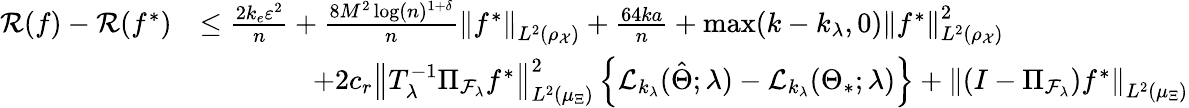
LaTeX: \begin{array}{rl}{{\cal R}(f)-{\cal R}(f^{*})}&{\leq\frac{2k_{e}\varepsilon^{2}}{n}+\frac{8M^{2}\log(n)^{1+\delta}}{n}\left\| f^{*}\right\| _{L^{2}(\rho_{\mathcal{X}})}+\frac{64ka}{n}+\operatorname*{max}(k-k_{\lambda},0)\left\| f^{*}\right\| _{L^{2}(\rho_{\mathcal{X}})}^{2}}\\ &{\qquad\qquad+2c_{r}\left\| T_{\lambda}^{-1}\Pi_{{\cal F}_{\lambda}}f^{*}\right\| _{L^{2}(\mu_{\Xi})}^{2}\left\{ {\cal L}_{k_{\lambda}}(\hat{\Theta};\lambda)-{\cal L}_{k_{\lambda}}(\Theta_{*};\lambda)\right\} +\left\| (I-\Pi_{{\cal F}_{\lambda}})f^{*}\right\| _{L^{2}(\mu_{\Xi})}}\end{array}